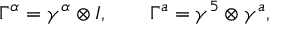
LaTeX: \Gamma ^ { \alpha } = \gamma ^ { \alpha } \otimes I , \ \ \ \ \ \ \Gamma ^ { a } = \gamma ^ { 5 } \otimes \gamma ^ { a } ,